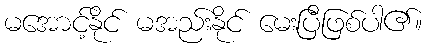
မအောင့်နိုင် မအည်းနိုင် မေးပြီဖြစ်ပါ၏။